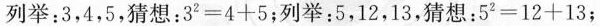
列举：3，4，5，猜想：$$3 ^ { 2 } = 4 + 5$$；列举：5，12，13，猜想：$$5 ^ { 2 } = 1 2 + 1 3$$；